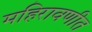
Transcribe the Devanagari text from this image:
महिरावणीत